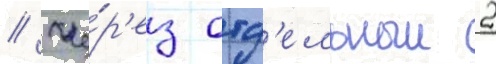
// Че́р'ез отд'ельныи 2